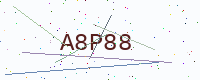
Text: A8P88